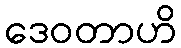
ဒေဝတာဟိ